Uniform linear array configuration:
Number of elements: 16
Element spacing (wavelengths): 0.75
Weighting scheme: blackman
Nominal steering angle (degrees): -45
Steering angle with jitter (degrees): -43.186
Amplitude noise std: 0.05
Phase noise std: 0.05

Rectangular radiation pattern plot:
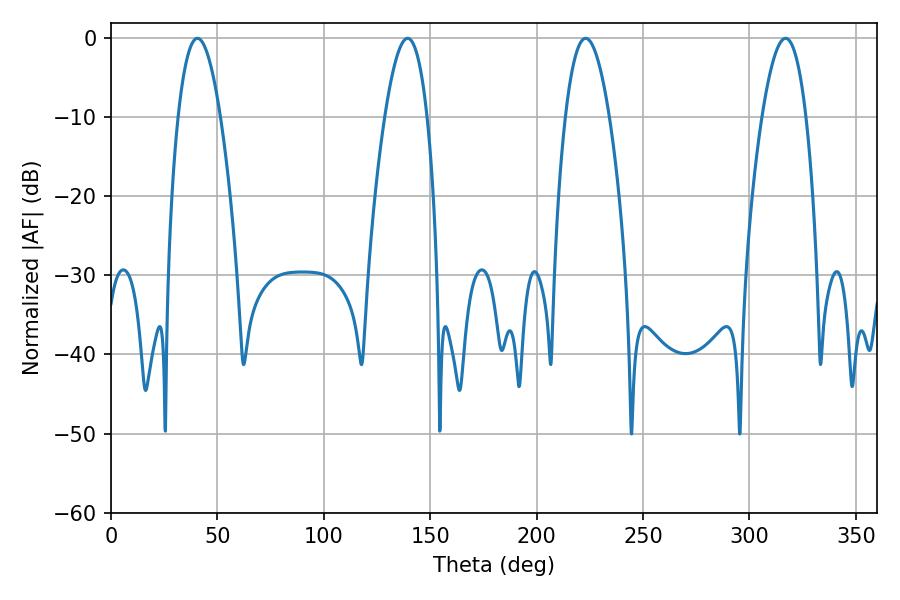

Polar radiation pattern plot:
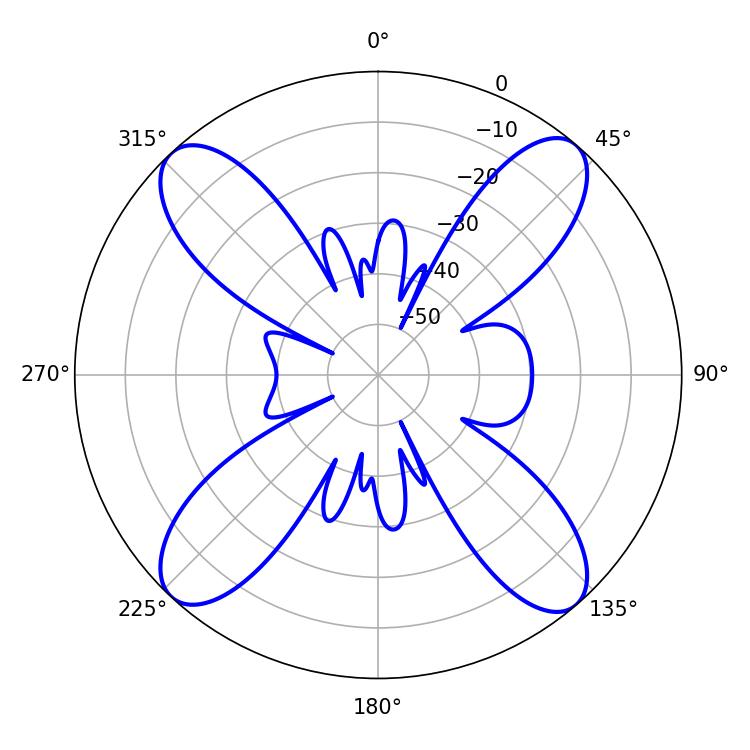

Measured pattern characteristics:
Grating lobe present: TRUE
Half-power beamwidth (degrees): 11.34
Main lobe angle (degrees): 316.98